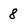
Character: 8